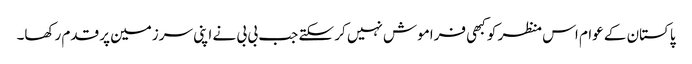
پاکستان کے عوام اس منظر کو کبھی فراموش نہیں کر سکتے جب بی بی نے اپنی سرزمین پر قدم رکھا۔